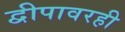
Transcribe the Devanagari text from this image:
द्वीपावरही